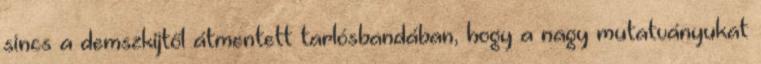
sincs a demszkijtől átmentett tarlósbandában, hogy a nagy mutatványukat